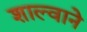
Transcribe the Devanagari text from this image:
शाल्वाने